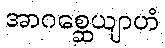
အာဂစ္ဆေယျာဟံ